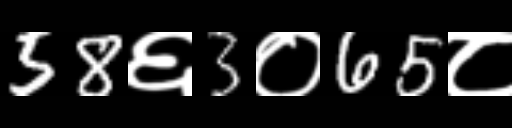
Text: 58६3०65८